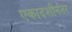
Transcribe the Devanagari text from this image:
एकादशीनंतर